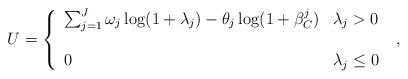
\begin{align*}U=\left\{ {\begin{array}{ll}{\sum\nolimits_{j = 1}^J {\omega_j\log (1 + {\lambda _j}) - {\theta _j}\log (1 + \beta _C^j)} }&{{\lambda _j} > 0}\\&\\0&{{\lambda _j} \le 0}\end{array}} \right.\ ,\end{align*}